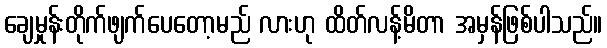
ချေမှုန်းတိုက်ဖျက်ပေတော့မည် လားဟု ထိတ်လန့်မိတာ အမှန်ဖြစ်ပါသည်။